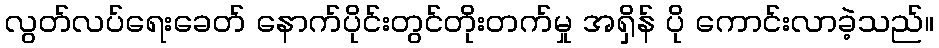
လွတ်လပ်ရေးခေတ် နောက်ပိုင်းတွင်တိုးတက်မှု အရှိန် ပို ကောင်းလာခဲ့သည်။